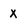
Character: x